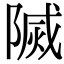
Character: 𨻒